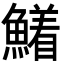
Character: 𮬍